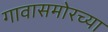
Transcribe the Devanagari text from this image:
गावासमोरच्या